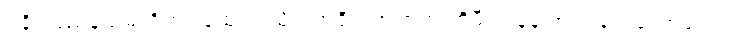
ရခိုင်ပြည်နယ်မှာရှိတဲ့ လူထု အသိုင်းအဝိုင်းအတွက် ကိုဖီအာနန် အကြံပေးကော်မရှင်ရဲ့